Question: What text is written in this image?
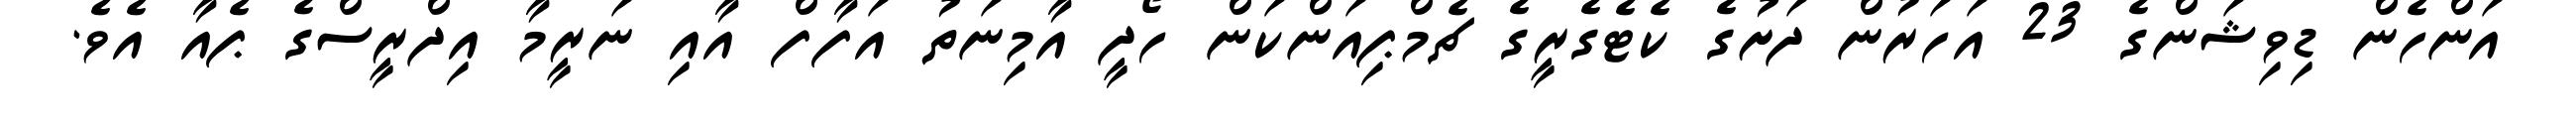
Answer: އަންހެން ޑިވިޝަންގެ 23 އަހަރުން ދަށުގެ ކެޓެގެރީގެ ޗެމްޕިއަންކަން ހޯދީ އާމިނަތު އަފާފް އާއި ނަރީމާ އިދްރީސްގެ ޕެއާ އެވެ.